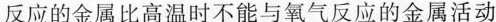
反应的金属比高温时不能与氧气反应的金属活动